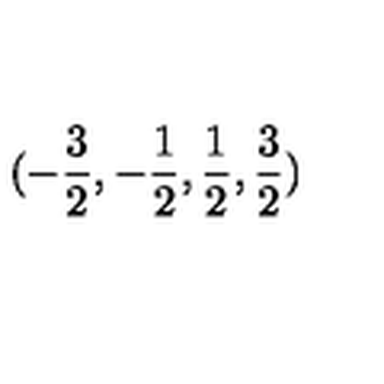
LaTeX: ( - \frac { 3 } { 2 } , - \frac { 1 } { 2 } , \frac { 1 } { 2 } , \frac { 3 } { 2 } ) \protect